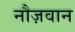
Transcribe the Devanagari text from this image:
नौज़वान